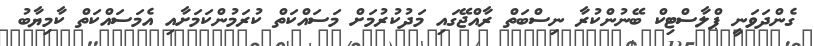
ގެންދަވަނީ ޕްލާސްޓިކް ބޭނުންކުރާ ނިސްބަތް ރާއްޖޭގައި މަދުކުރުމަށް މަސައްކަތް ކުރަމުންކަމަށާއި އެމަސައްކަތް ކާމިޔާބު